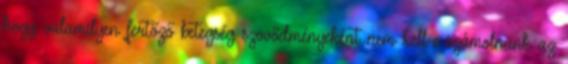
hogy valamilyen fertőző betegség szövődményeként nem kell-e számolnunk az